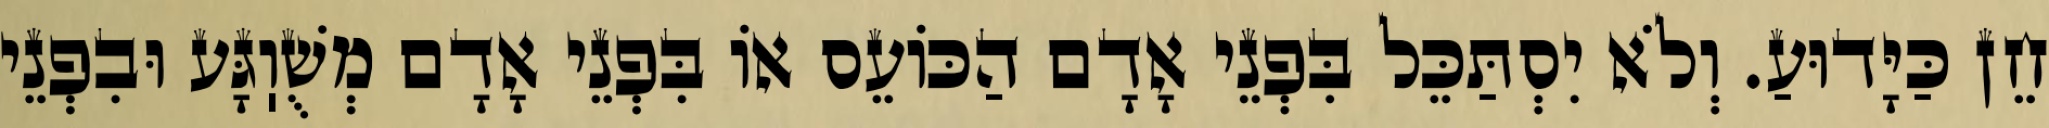
חֵן כַּיָּדוּעַ. וְלֹא יִסְתַּכֵּל בִּפְנֵי אָדָם הַכּוֹעֵס אוֹ בִּפְנֵי אָדָם מְשֻׁוֽגָּע וּבִפְנֵי